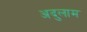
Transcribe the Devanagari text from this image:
अदुलाम